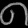
Digit: ၈